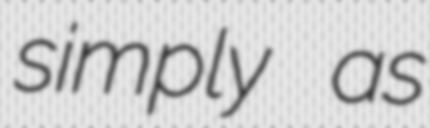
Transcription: simply as